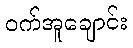
ဝက်အူချောင်း